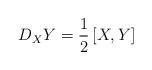
LaTeX: \begin{align*}D_{X}Y=\frac{1}{2}\left[ X,Y\right] \end{align*}